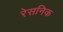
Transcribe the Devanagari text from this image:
रेसनिक